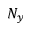
N _ { y }